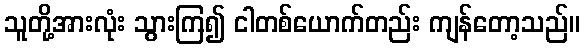
သူတို့အားလုံး သွားကြ၍ ငါတစ်ယောက်တည်း ကျန်တော့သည်။